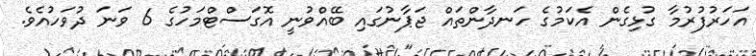
އަހަރުފުރުމާ ގުޅިގެން އެކަމުގެ ހަނދާންތައް ޖަޕާނުގައި ބޭއްވުނީ އޮގަސްޓްމަހުގެ 6 ވަނަ ދުވަހުއެވެ.